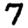
Digit: 7